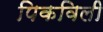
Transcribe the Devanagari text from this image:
पिकविली